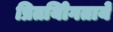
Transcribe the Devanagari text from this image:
प्रितयोिगतायें